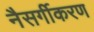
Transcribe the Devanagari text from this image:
नैसर्गीकरण